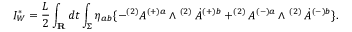
I _ { W } ^ { \ast } = \frac { L } { 2 } \int _ { \bf R } d t \int _ { \Sigma } \eta _ { a b } \{ - ^ { ( 2 ) } A ^ { ( + ) a } \wedge ^ { \mathrm { ~ } ( 2 ) } \dot { A } ^ { ( + ) b } + ^ { ( 2 ) } A ^ { ( - ) a } \wedge ^ { \mathrm { ~ } ( 2 ) } \dot { A } ^ { ( - ) b } \} .